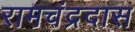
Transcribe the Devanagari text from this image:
रामचंद्रदास